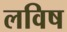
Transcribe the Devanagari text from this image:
लविष